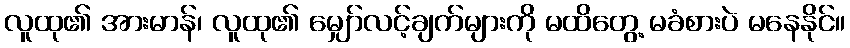
လူထု၏ အားမာန်၊ လူထု၏ မျှော်လင့်ချက်များကို မထိတွေ့ မခံစားပဲ မနေနိုင်။